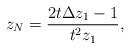
LaTeX: \begin{align*}z_N=\frac{2t\Delta z_1-1}{t^2 z_1}, \end{align*}